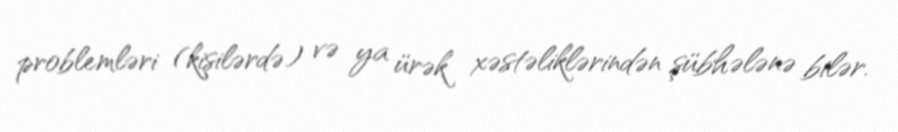
problemləri (kişilərdə) və ya ürək xəstəliklərindən şübhələnə bilər.